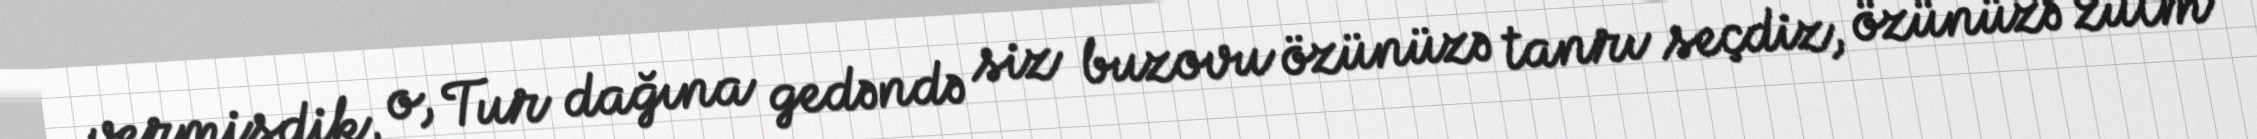
vermişdik, o, Tur dağına gedəndə siz buzovu özünüzə tanrı seçdiz, özünüzə zülm